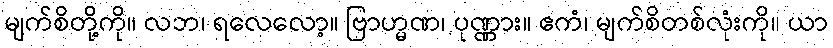
မျက်စိတို့ကို။ လဘ၊ ရလေလော့။ ဗြာဟ္မဏ၊ ပုဏ္ဏား။ ဧကံ၊ မျက်စိတစ်လုံးကို။ ယာ